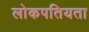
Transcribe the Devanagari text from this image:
लोकपतियता